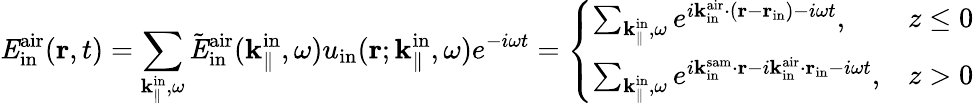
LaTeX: {\mathit E}_{\mathrm{in}}^{\mathrm{air}}({\mathbf r},t)=\sum_{{\mathbf k}_{\parallel}^{\mathrm{in}},\omega}\tilde{\mathit E}_{\mathrm{in}}^{\mathrm{air}}({\mathbf k}_{\parallel}^{\mathrm{in}},\omega)u_{\mathrm{in}}({\mathbf r};{\mathbf k}_{\parallel}^{\mathrm{in}},\omega)e^{-i\omega t}=\left\{ \begin{array}{ll}{\sum_{{\mathbf k}_{\parallel}^{\mathrm{in}},\omega}e^{i{\mathbf k}_{\mathrm{in}}^{\mathrm{air}}\cdot({\mathbf r}-{\mathbf r}_{\mathrm{in}})-i\omega t},}&{z\leq 0}\\ {\sum_{{\mathbf k}_{\parallel}^{\mathrm{in}},\omega}e^{i{\mathbf k}_{\mathrm{in}}^{\mathrm{sam}}\cdot{\mathbf r}-i{\mathbf k}_{\mathrm{in}}^{\mathrm{air}}\cdot{\mathbf r}_{\mathrm{in}}-i\omega t},}&{z>0}\end{array}\right.